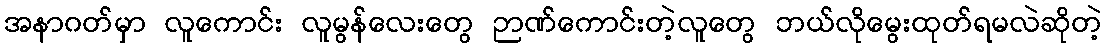
အနာဂတ်မှာ လူကောင်း လူမွန်လေးတွေ ဉာဏ်ကောင်းတဲ့လူတွေ ဘယ်လိုမွေးထုတ်ရမလဲဆိုတဲ့